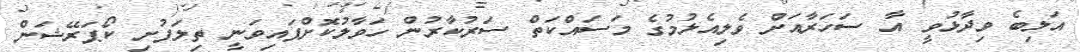
އަލިބެ ވިދާޅުވީ އާ ސަހަރާއަށް ވެލިއެޅުމުގެ މަސައްކަތް ސަރުކާރުން ހަވާލުކޮށްފައިވަނީ ތިލަފުށި ކޯޕަރޭޝަން